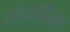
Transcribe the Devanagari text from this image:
गोंडाडिक्‍स